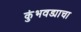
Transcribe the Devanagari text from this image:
कुंभवड्याचा